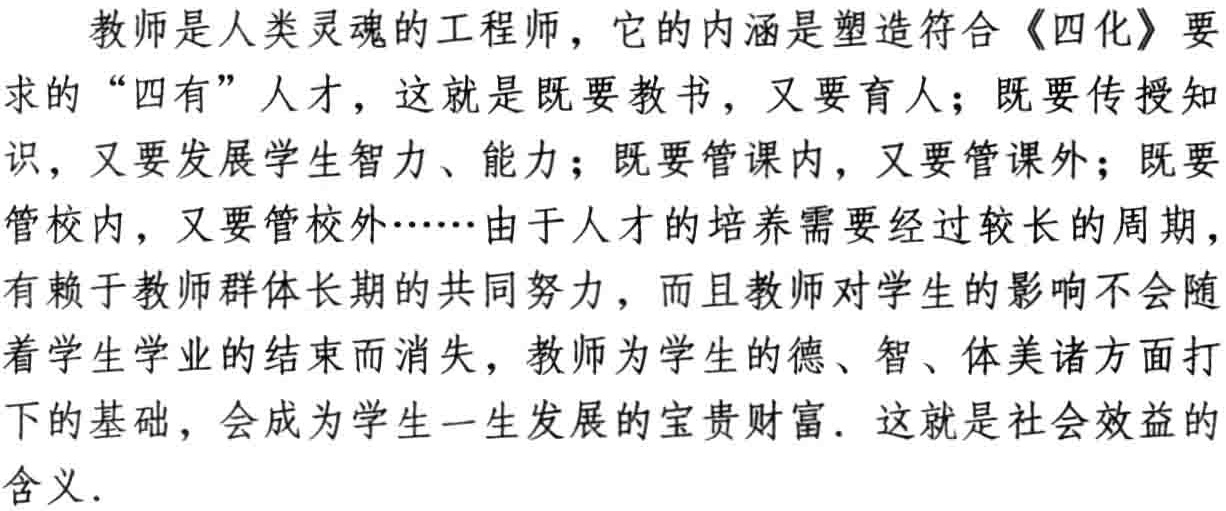
教师是人类灵魂的工程师，它的内涵是塑造符合《四化》要求的“四有”人才，这就是既要教书，又要育人；既要传授知识，又要发展学生智力、能力；既要管课内，又要管课外；既要管校内，又要管校外……由于人才的培养需要经过较长的周期，有赖于教师群体长期的共同努力，而且教师对学生的影响不会随着学生学业的结束而消失，教师为学生的德、智、体美诸方面打下的基础，会成为学生一生发展的宝贵财富. 这就是社会效益的含义.